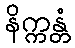
နိက္ကန္တံ